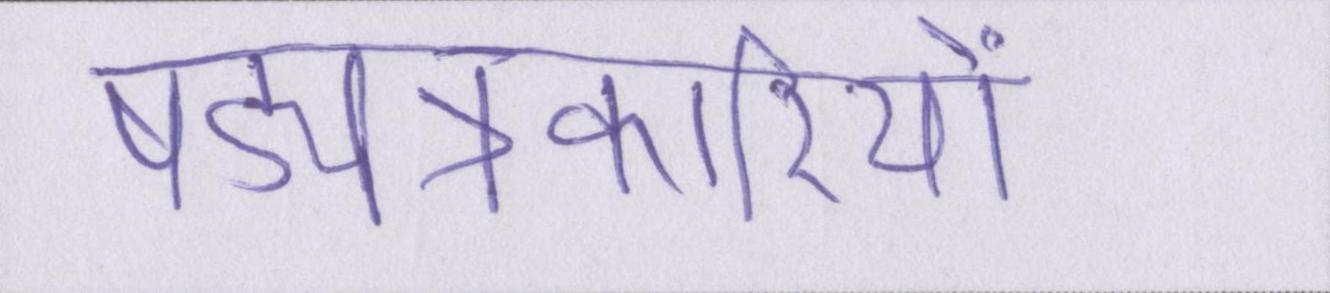
षड्यंत्रकारियों